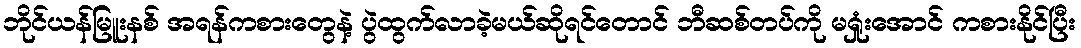
ဘိုင်ယန်မြူးနစ် အရန်ကစားတွေနဲ့ ပွဲထွက်လာခဲ့မယ်ဆိုရင်တောင် ဘီဆစ်တပ်ကို မရှုံးအောင် ကစားနိုင်ပြီး